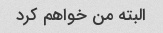
البته من خواهم کرد